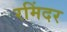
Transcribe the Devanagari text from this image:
रमिंदर